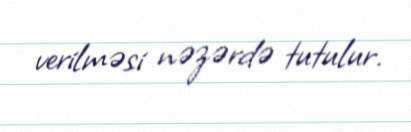
verilməsi nəzərdə tutulur.